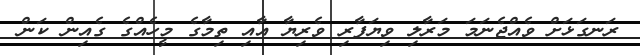
ރަނގަޅަށް ވެއްޖެނަމަ މަރާލި ވިޔަފާރި ވެރިޔާ އާއި ތިމާގެ މީހެއްްގެ ގެއިން ކަން